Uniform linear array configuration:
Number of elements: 64
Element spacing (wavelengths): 0.25
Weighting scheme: cosine
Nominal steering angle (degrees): -60
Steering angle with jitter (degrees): -58.252
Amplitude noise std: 0.05
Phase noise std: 0.05

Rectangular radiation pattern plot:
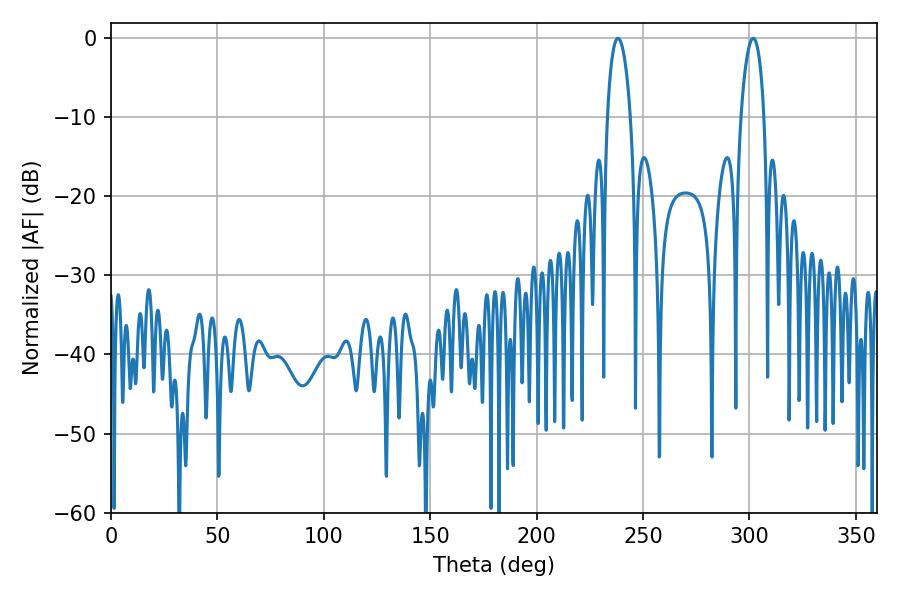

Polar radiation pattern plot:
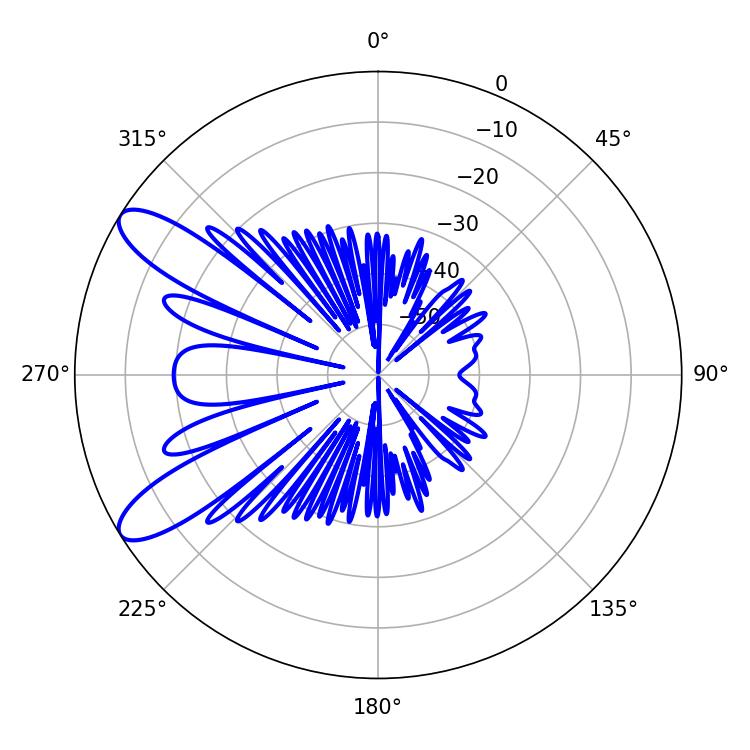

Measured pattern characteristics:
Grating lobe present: FALSE
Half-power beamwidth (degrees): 6.12
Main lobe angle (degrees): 301.86